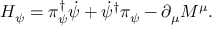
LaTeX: { \cal H } _ { \psi } = \pi _ { \psi } ^ { \dagger } \dot { \psi } + \dot { \psi } ^ { \dagger } \pi _ { \psi } - \partial _ { \mu } { \cal M } ^ { \mu } .